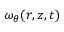
\omega _ { \theta } ( r , z , t )